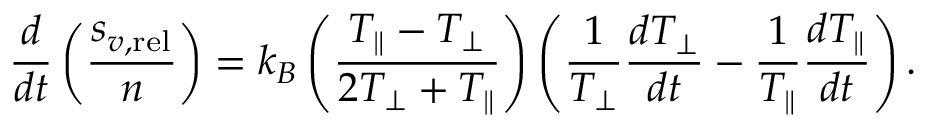
\frac { d } { d t } \left( \frac { s _ { v , \mathrm { r e l } } } { n } \right) = k _ { B } \left( \frac { T _ { \parallel } - T _ { \perp } } { 2 T _ { \perp } + T _ { \parallel } } \right) \left( \frac { 1 } { T _ { \perp } } \frac { d T _ { \perp } } { d t } - \frac { 1 } { T _ { \parallel } } \frac { d T _ { \parallel } } { d t } \right) .